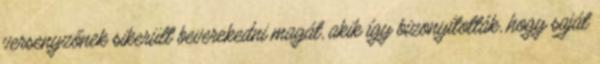
versenyzőnek sikerült beverekedni magát, akik így bizonyították, hogy saját